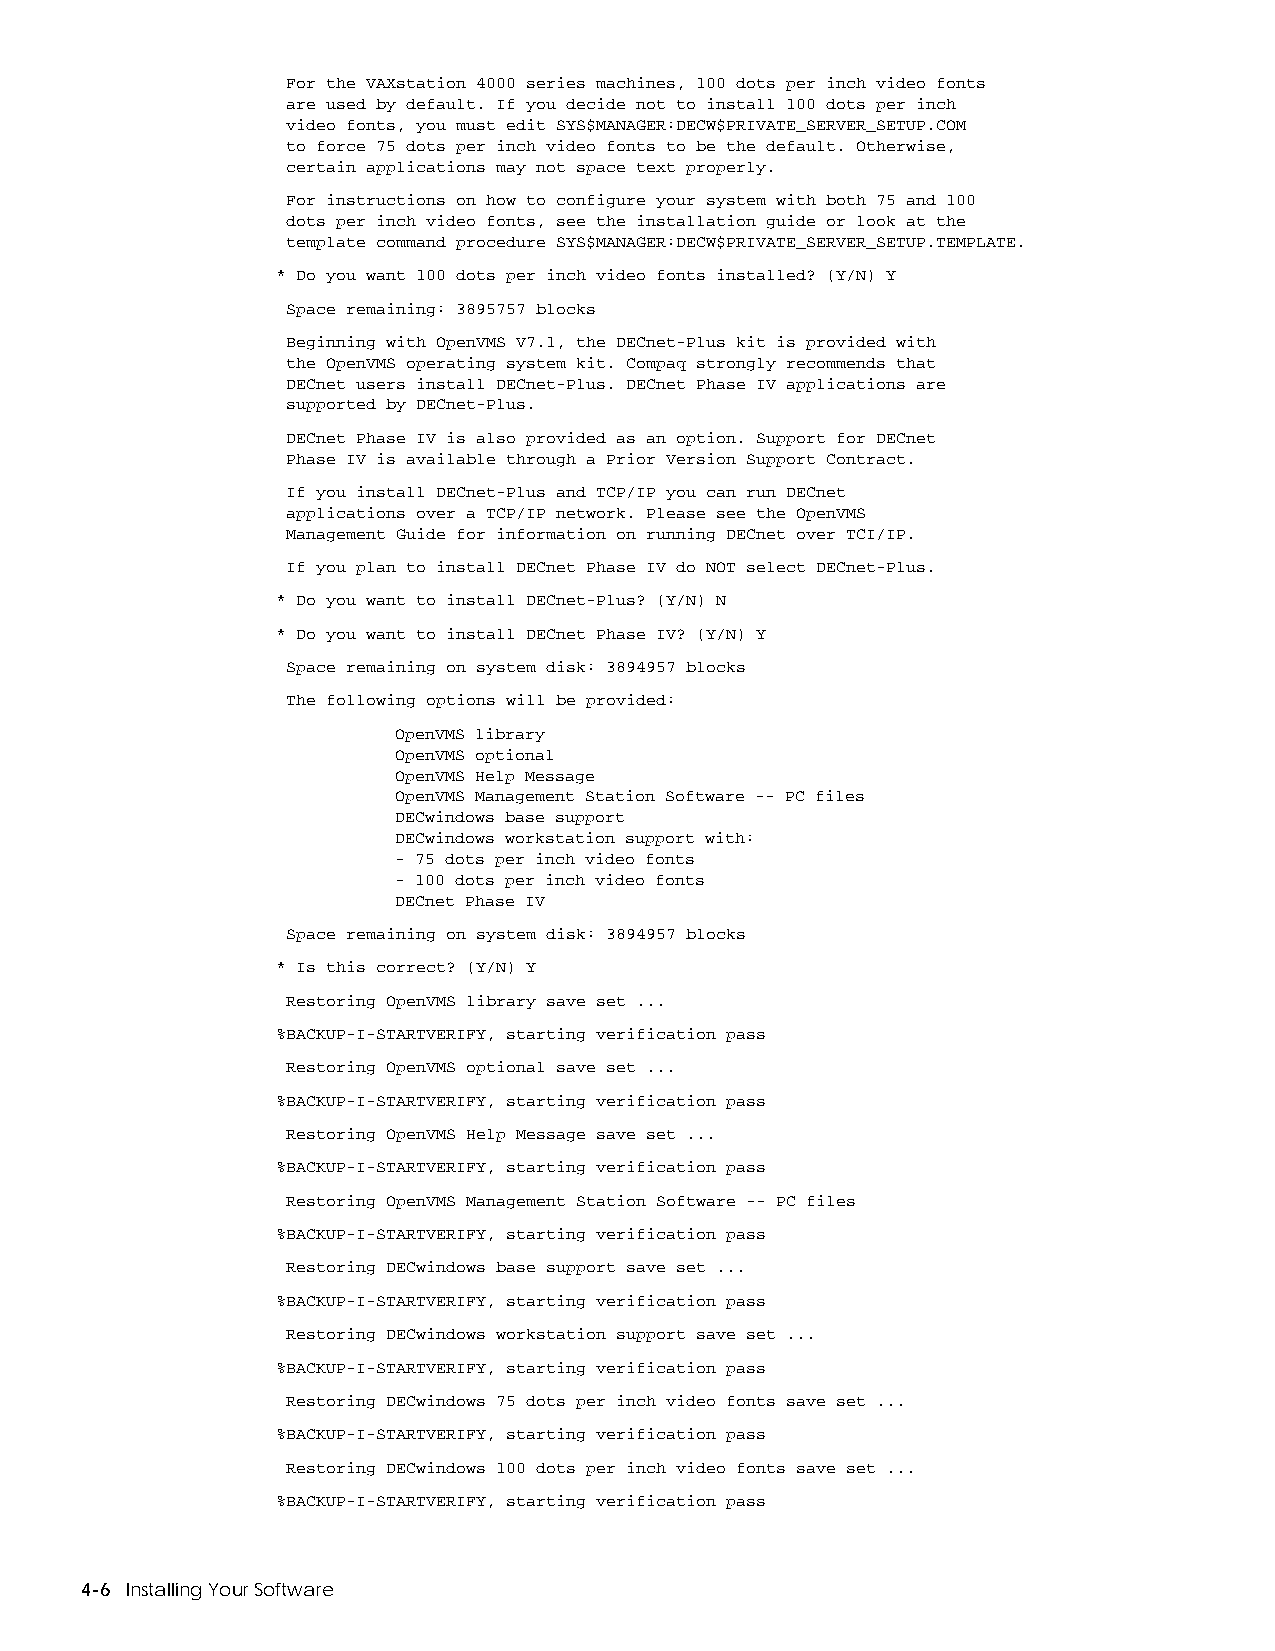
For the VAXstation 4000 series machines, 100 dots per inch video fonts
 are used by default. If you decide not to install 100 dots per inch
 video fonts, you must edit SYS$MANAGER:DECW$PRIVATE_SERVER_SETUP.COM
 to force 75 dots per inch video fonts to be the default. Otherwise,
 certain applications may not space text properly.
 For instructions on how to configure your system with both 75 and 100
 dots per inch video fonts, see the installation guide or look at the
 template command procedure SYS$MANAGER:DECW$PRIVATE_SERVER_SETUP.TEMPLATE.
 * Do you want 100 dots per inch video fonts installed? (Y/N) Y
 Space remaining: 3895757 blocks
 Beginning with OpenVMS V7.1, the DECnet-Plus kit is provided with
 the OpenVMS operating system kit. Compaq strongly recommends that
 DECnet users install DECnet-Plus. DECnet Phase IV applications are
 supported by DECnet-Plus.
 DECnet Phase IV is also provided as an option. Support for DECnet
 Phase IV is available through a Prior Version Support Contract.
 If you install DECnet-Plus and TCP/IP you can run DECnet
 applications over a TCP/IP network. Please see the OpenVMS
 Management Guide for information on running DECnet over TCI/IP.
 If you plan to install DECnet Phase IV do NOT select DECnet-Plus.
 * Do you want to install DECnet-Plus? (Y/N) N
 * Do you want to install DECnet Phase IV? (Y/N) Y
 Space remaining on system disk: 3894957 blocks
 The following options will be provided:
 OpenVMS library
 OpenVMS optional
 OpenVMS Help Message
 OpenVMS Management Station Software -- PC files
 DECwindows base support
 DECwindows workstation support with:
 - 75 dots per inch video fonts
 - 100 dots per inch video fonts
 DECnet Phase IV
 Space remaining on system disk: 3894957 blocks
 * Is this correct? (Y/N) Y
 Restoring OpenVMS library save set ...
 %BACKUP-I-STARTVERIFY, starting verification pass
 Restoring OpenVMS optional save set ...
 %BACKUP-I-STARTVERIFY, starting verification pass
 Restoring OpenVMS Help Message save set ...
 %BACKUP-I-STARTVERIFY, starting verification pass
 Restoring OpenVMS Management Station Software -- PC files
 %BACKUP-I-STARTVERIFY, starting verification pass
 Restoring DECwindows base support save set ...
 %BACKUP-I-STARTVERIFY, starting verification pass
 Restoring DECwindows workstation support save set ...
 %BACKUP-I-STARTVERIFY, starting verification pass
 Restoring DECwindows 75 dots per inch video fonts save set ...
 %BACKUP-I-STARTVERIFY, starting verification pass
 Restoring DECwindows 100 dots per inch video fonts save set ...
 %BACKUP-I-STARTVERIFY, starting verification pass
 4-6 Installing Your Software